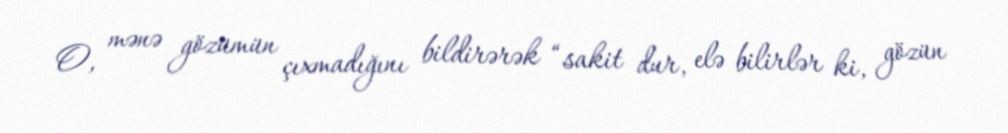
O, mənə gözümün çıxmadığını bildirərək “sakit dur, elə bilirlər ki, gözün